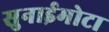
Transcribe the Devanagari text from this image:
सुनाईमोटा